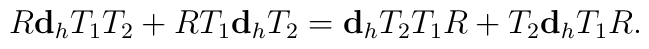
R{\bf d}_hT_1T_2+RT_1{\bf d}_hT_2={\bf d}_hT_2T_1R+T_2{\bf d}_hT_1R.